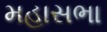
મહાસભા